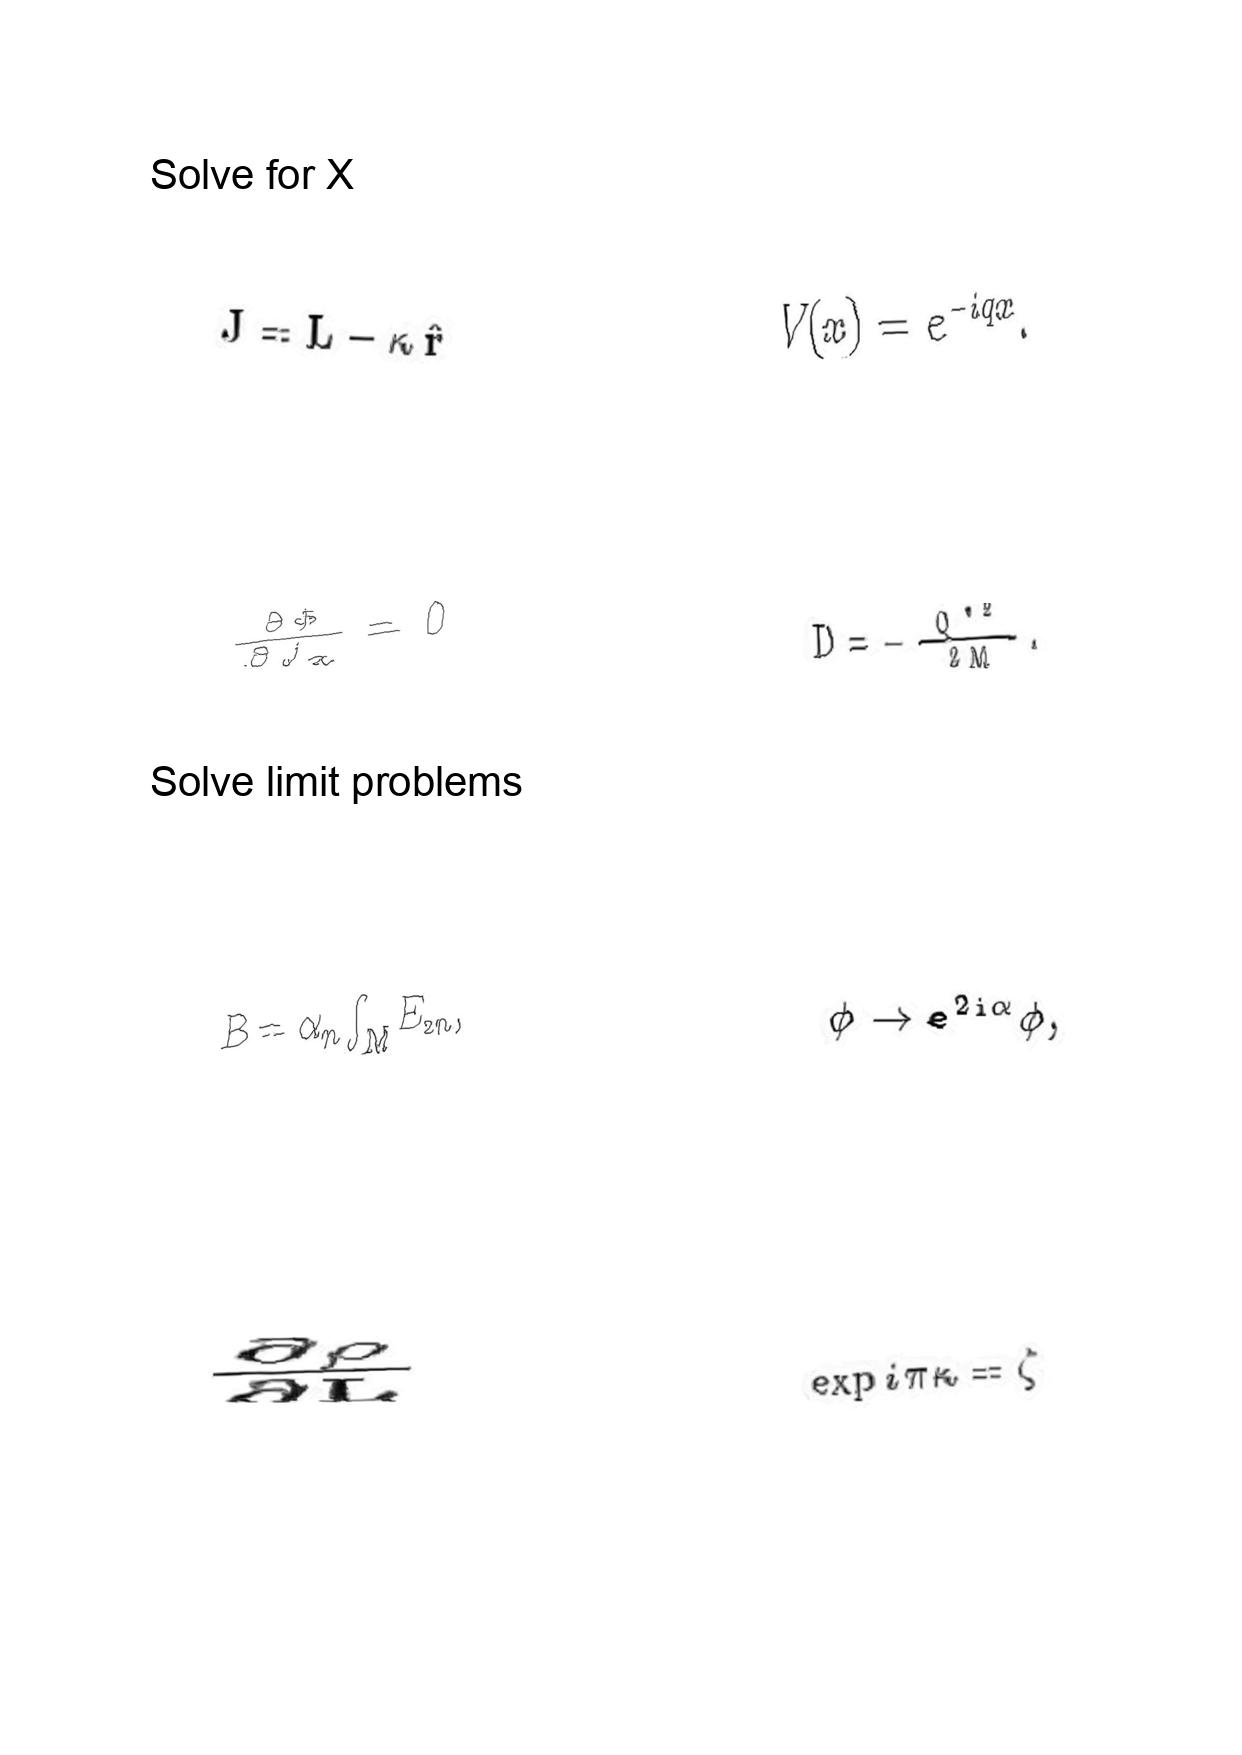
LaTeX transcription:
J = L - \kappa \hat { r }
\frac { \partial \Phi } { \partial J _ { x } } = 0
B = \alpha _ { n } \int _ { M } E _ { 2 n } ,
\frac { \partial \rho } { \partial L }
V \lparen x \rparen = e ^ { - i q x } .
D = - \frac { Q ^ { \ast 2 } } { 2 M } .
\phi \rightarrow e ^ { 2 i \alpha } \phi ,
\exp i \pi \kappa = \zeta